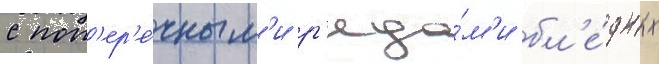
с поп'ер'е́чным'и р'яда́м'и бл'е́дных